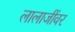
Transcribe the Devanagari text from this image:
लालाजींवर